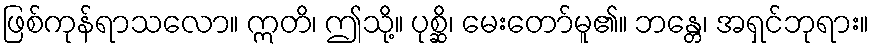
ဖြစ်ကုန်ရာသလော။ ဣတိ၊ ဤသို့။ ပုစ္ဆိ၊ မေးတော်မူ၏။ ဘန္တေ၊ အရှင်ဘုရား။